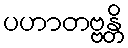
ပဟာတဗ္ဗန္တိ